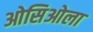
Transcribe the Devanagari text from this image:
ओसिओला